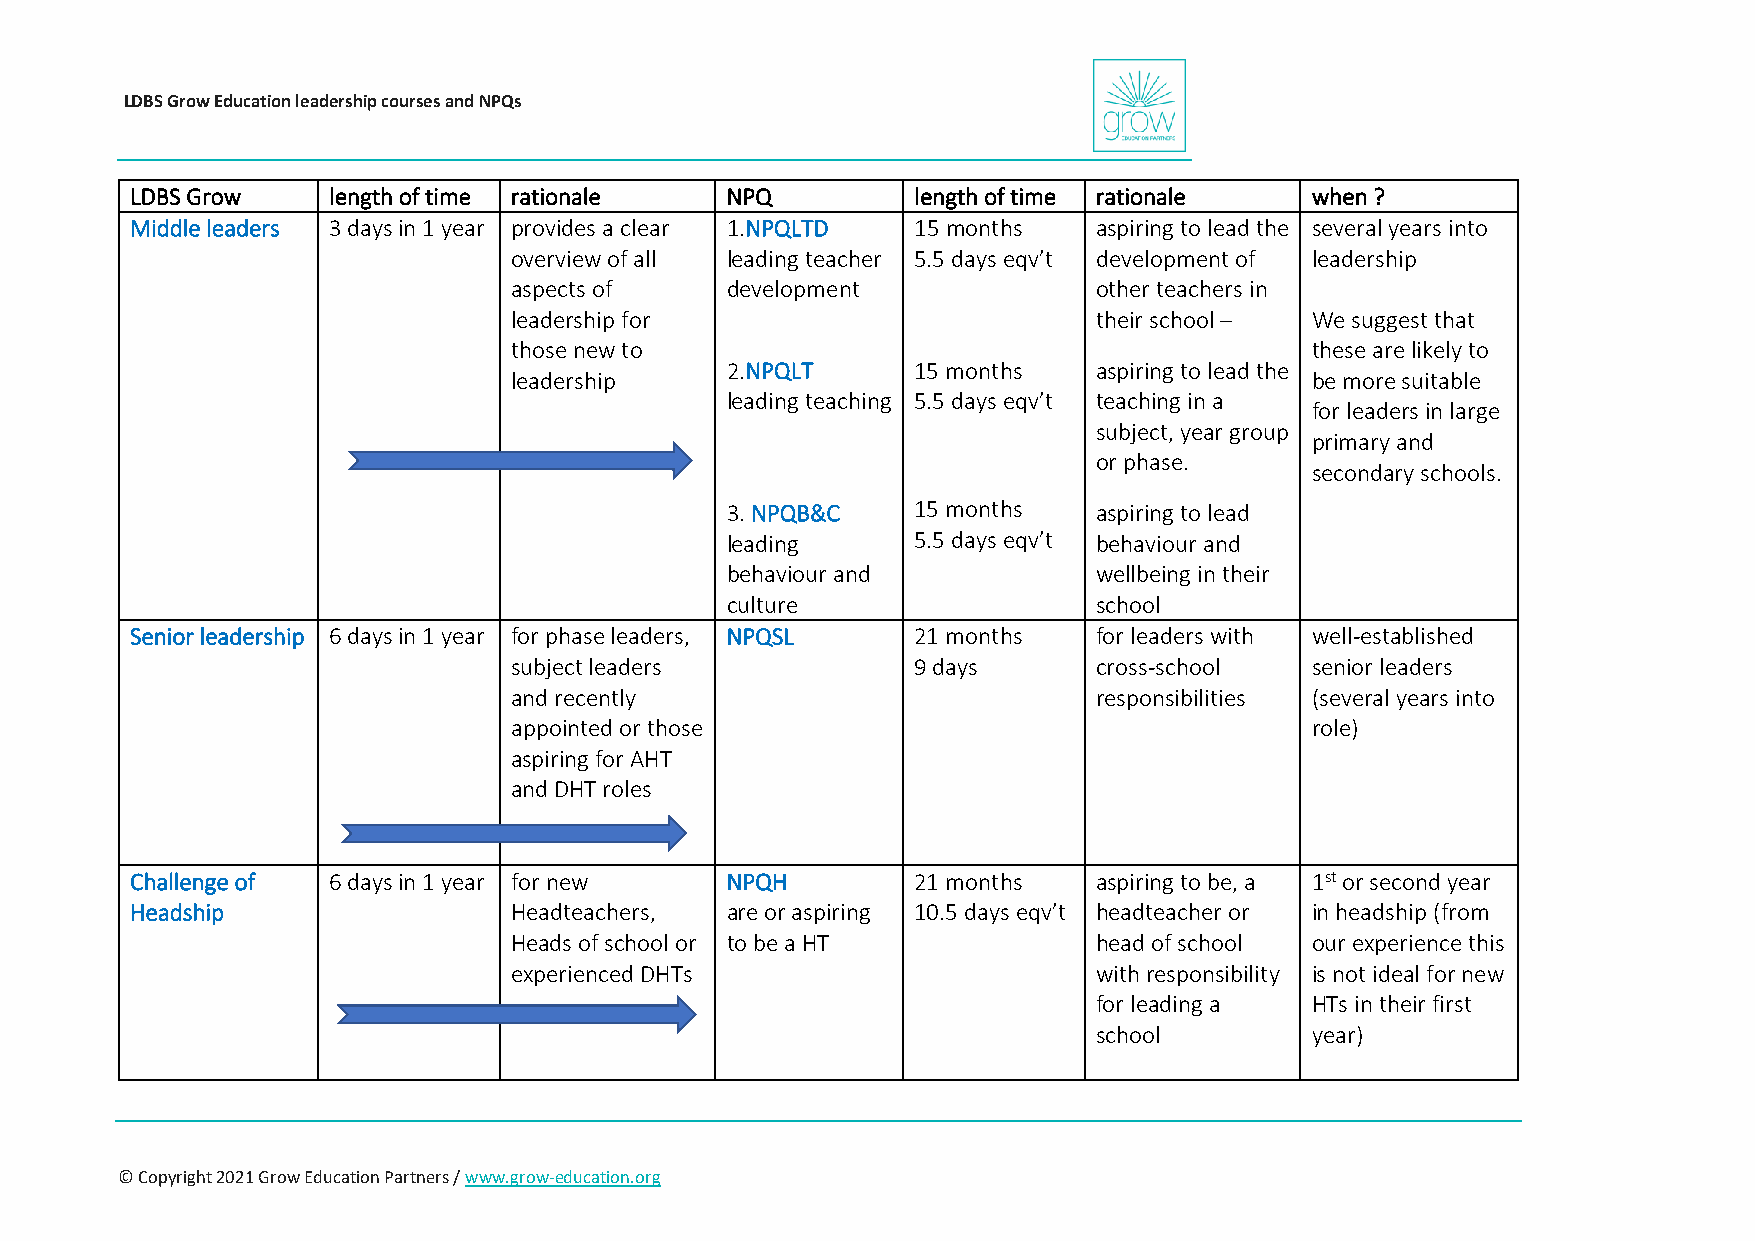
LDBS Grow Education leadership courses and NPQs
 LDBS Grow    length of time rationale  NPQ          length of time rationale  when ?
 Middle leaders 3 days in 1 year provides a clear 1.NPQLTD 15 months aspiring to lead the several years into
 overview of all leading teacher 5.5 days eqv’t development of leadership
 aspects of    development              other teachers in
 leadership for                         their school – We suggest that
 those new to                                         these are likely to
 2.NPQLT      15 months   aspiring to lead the
 leadership                                           be more suitable
 leading teaching 5.5 days eqv’t teaching in a
 for leaders in large
 subject, year group
 primary and
 or phase.
 secondary schools.
 3. NPQB&C    15 months   aspiring to lead
 leading      5.5 days eqv’t behaviour and
 behaviour and            wellbeing in their
 culture                  school
 Senior leadership 6 days in 1 year for phase leaders, NPQSL 21 months for leaders with well-established
 subject leaders            9 days      cross-school  senior leaders
 and recently                           responsibilities (several years into
 appointed or those                                   role)
 aspiring for AHT
 and DHT roles
 Challenge of 6 days in 1 year for new  NPQH         21 months   aspiring to be, a 1st or second year
 Headship                 Headteachers, are or aspiring 10.5 days eqv’t headteacher or in headship (from
 Heads of school or to be a HT          head of school our experience this
 experienced DHTs                       with responsibility is not ideal for new
 for leading a HTs in their first
 school        year)
 © Copyright 2021 Grow Education Partners / www.grow-education.org